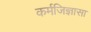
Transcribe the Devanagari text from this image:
कर्मजिज्ञासा